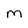
Character: M